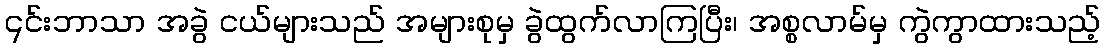
၎င်းဘာသာ အခွဲ ငယ်များသည် အများစုမှ ခွဲထွက်လာကြပြီး၊ အစ္စလာမ်မှ ကွဲကွာထားသည့်